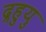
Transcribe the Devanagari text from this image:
द्रहुयु